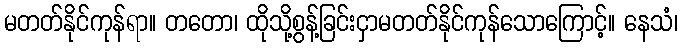
မတတ်နိုင်ကုန်ရာ။ တတော၊ ထိုသို့စွန့်ခြင်းငှာမတတ်နိုင်ကုန်သောကြောင့်။ နေသံ၊